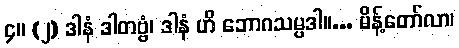
၄။ (၂) ဒါနံ ဒါတဗ္ဗံ၊ ဒါနံ ဟိ ဘောဂသမ္ပဒါ။... မိန့်တော်လာ၊